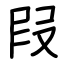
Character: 叚